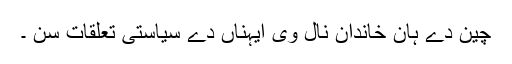
چین دے ہان خاندان نال وی ایہناں دے سیاستی تعلقات سن ۔